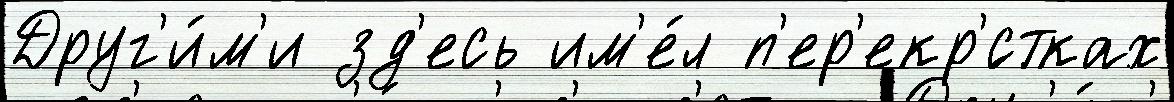
Друг'и́м'и зд'есь им'е́л п'ер'екр'́стках